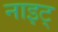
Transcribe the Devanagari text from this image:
नाइट्